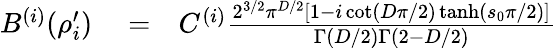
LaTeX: \begin{array}{rlr}{B^{(i)}(\rho_{i}^{\prime})}&{{}=}&{C^{(i)}\frac{2^{3/2}\pi^{D/2}\left[1-i\cot\left(D\pi/2\right)\operatorname{tanh}\left(s_{0}\pi/2\right)\right]}{\Gamma(D/2)\Gamma\left(2-D/2\right)}}\end{array}